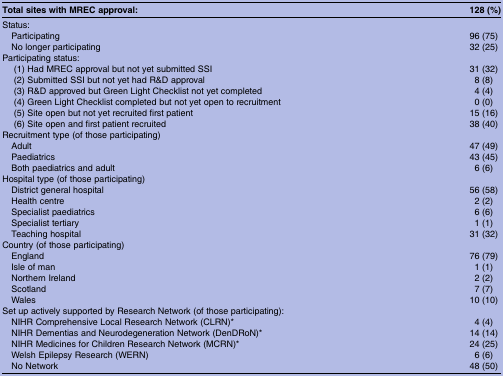
<table><thead><tr><td><b>Total sites with MREC approval:</b></td><td><b>128 (%)</b></td></tr></thead><tbody><tr><td colspan="2">Status:</td></tr><tr><td> Participating</td><td>96 (75)</td></tr><tr><td> No longer participating</td><td>32 (25)</td></tr><tr><td colspan="2">Participating status:</td></tr><tr><td>(1) Had MREC approval but not yet submitted SSI</td><td>31 (32)</td></tr><tr><td>(2) Submitted SSI but not yet had R&amp;D approval</td><td>8 (8)</td></tr><tr><td>(3) R&amp;D approved but Green Light Checklist not yet completed</td><td>4 (4)</td></tr><tr><td>(4) Green Light Checklist completed but not yet open to recruitment</td><td>0 (0)</td></tr><tr><td>(5) Site open but not yet recruited first patient</td><td>15 (16)</td></tr><tr><td>(6) Site open and first patient recruited</td><td>38 (40)</td></tr><tr><td colspan="2">Recruitment type (of those participating)</td></tr><tr><td> Adult</td><td>47 (49)</td></tr><tr><td> Paediatrics</td><td>43 (45)</td></tr><tr><td> Both paediatrics and adult</td><td>6 (6)</td></tr><tr><td colspan="2">Hospital type (of those participating)</td></tr><tr><td> District general hospital</td><td>56 (58)</td></tr><tr><td> Health centre</td><td>2 (2)</td></tr><tr><td> Specialist paediatrics</td><td>6 (6)</td></tr><tr><td> Specialist tertiary</td><td>1 (1)</td></tr><tr><td> Teaching hospital</td><td>31 (32)</td></tr><tr><td colspan="2">Country (of those participating)</td></tr><tr><td> England</td><td>76 (79)</td></tr><tr><td> Isle of man</td><td>1 (1)</td></tr><tr><td> Northern Ireland</td><td>2 (2)</td></tr><tr><td> Scotland</td><td>7 (7)</td></tr><tr><td> Wales</td><td>10 (10)</td></tr><tr><td colspan="2">Set up actively supported by Research Network (of those participating):</td></tr><tr><td> NIHR Comprehensive Local Research Network (CLRN)*</td><td>4 (4)</td></tr><tr><td> NIHR Dementias and Neurodegeneration Network (DenDRoN)*</td><td>14 (14)</td></tr><tr><td> NIHR Medicines for Children Research Network (MCRN)*</td><td>24 (25)</td></tr><tr><td> Welsh Epilepsy Research (WERN)</td><td>6 (6)</td></tr><tr><td> No Network</td><td>48 (50)</td></tr></tbody></table>